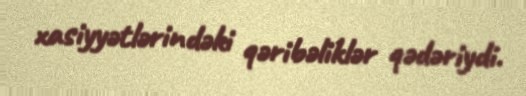
xasiyyətlərindəki qəribəliklər qədəriydi.